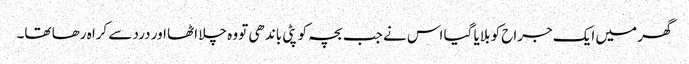
گھر میں ایک جراح کو بلایا گیا اس نے جب بچہ کو پٹی باندھی تو وہ چلا اٹھا اور درد سے کراہ رھا تھا۔